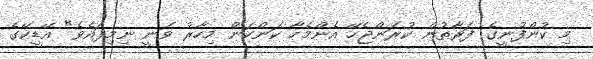
މި ކުންފުނީގެ ފަރާތުން ކުރަންޖެހޭ އެންމެހާ ކަންކަން މިހާރު ވަނީ ނިމިފައެވެ" އޭޑީކޭގެ